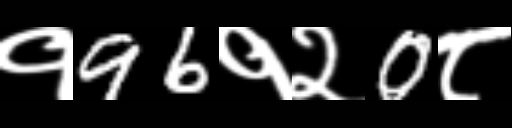
Text: १96१२0८